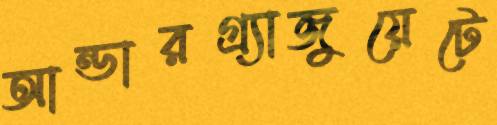
আন্ডারগ্র্যাজুয়েটে